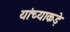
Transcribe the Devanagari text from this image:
यांच्याकड़े